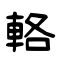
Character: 輅